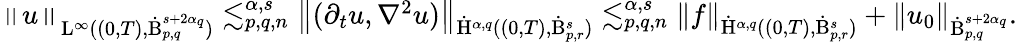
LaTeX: \begin{array}{r}{\left\lVert u\right\rVert_{\mathrm{L}^{\infty}((0,T),\dot{\mathrm{B}}_{p,q}^{s+2\alpha_{q}})}\lesssim_{p,q,n}^{\alpha,s}\left\lVert(\partial_{t}u,\nabla^{2}u)\right\rVert_{\dot{\mathrm{H}}^{\alpha,q}((0,T),\dot{\mathrm{B}}_{p,r}^{s})}\lesssim_{p,q,n}^{\alpha,s}\left\lVert f\right\rVert_{\dot{\mathrm{H}}^{\alpha,q}((0,T),\dot{\mathrm{B}}_{p,r}^{s})}+\left\lVert u_{0}\right\rVert_{\dot{\mathrm{B}}_{p,q}^{s+2\alpha_{q}}}.}\end{array}